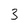
Character: 3